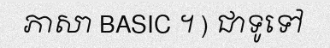
ភាសា BASIC ។ ) ជាទូទៅ